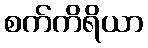
စက်ကိရိယာ